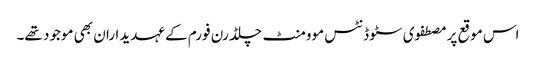
اس موقع پر مصطفوی سٹوڈنٹس موومنٹ چلڈرن فورم کے عہدیداران بھی موجود تھے۔